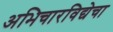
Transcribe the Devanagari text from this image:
अभिचारविद्येचा